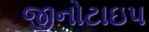
જીનોટાઇપ